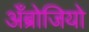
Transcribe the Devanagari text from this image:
अँब्रोजियो